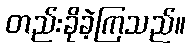
တည်းခိုခဲ့ကြသည်။